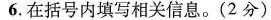
6.在括号内填写相关信息。(2分)